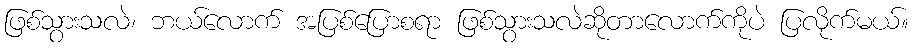
ဖြစ်သွားသလဲ၊ ဘယ်လောက် အပြစ်ပြောစရာ ဖြစ်သွားသလဲဆိုတာလောက်ကိုပဲ ပြလိုက်မယ်။